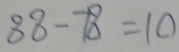
8 8 - 7 8 = 1 0